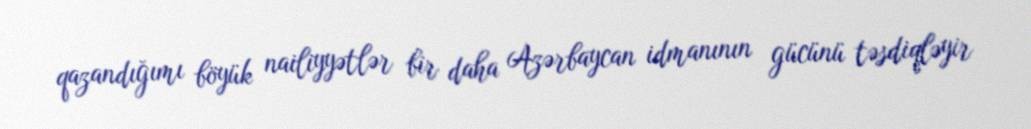
qazandığımı böyük nailiyyətlər bir daha Azərbaycan idmanının gücünü təsdiqləyir